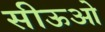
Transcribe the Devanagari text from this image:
सीऊओ